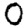
Digit: 0